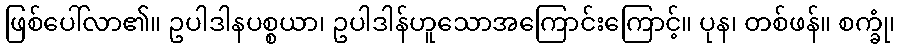
ဖြစ်ပေါ်လာ၏။ ဥပါဒါနပစ္စယာ၊ ဥပါဒါန်ဟူသောအကြောင်းကြောင့်။ ပုန၊ တစ်ဖန်။ စက္ခုံ၊